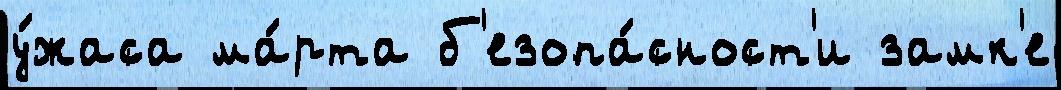
у́жаса ма́рта б'езопа́сност'и замк'е